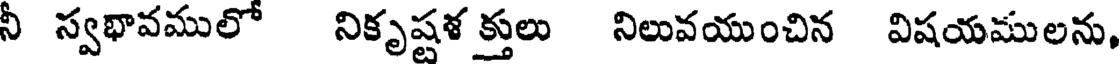
నీ స్వభావములో నికృష్టళ క్తులు నిలువయుంచిన విషయములను,